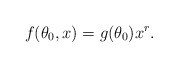
\begin{align*}f(\theta_0,x)= g(\theta_0)x^r. \end{align*}